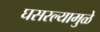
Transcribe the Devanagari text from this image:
घसरल्यामुळे